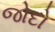
જોદો